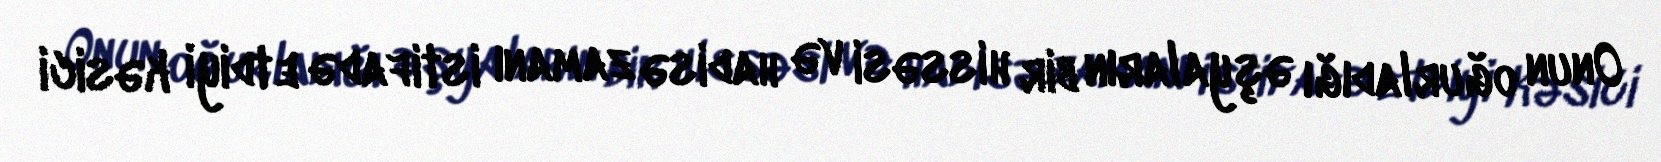
Onun oğurladığı əşyaların bir hissəsi və hadisə zamanı istifadə etdiyi kəsici